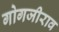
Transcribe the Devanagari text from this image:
गोगजीराव